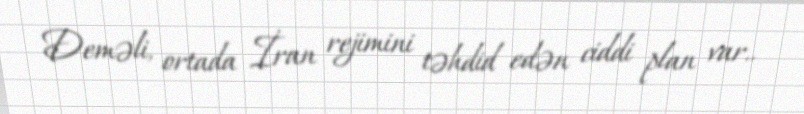
Deməli, ortada İran rejimini təhdid edən ciddi plan var..